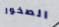
الصخور